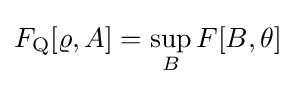
F_{\rm {Q}}[\varrho ,A]=\sup _{B}F[B,\theta ]